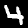
Label: 4